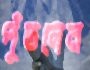
পুঁতলেন